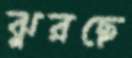
ঝুরছে